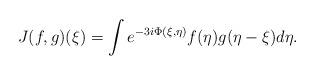
LaTeX: \begin{align*}J(f,g)(\xi)=\int e^{-3i\Phi(\xi,\eta)}f(\eta)g(\eta-\xi)d\eta.\end{align*}